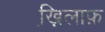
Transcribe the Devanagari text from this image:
ख़ि़लाफ़